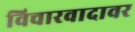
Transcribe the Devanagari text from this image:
विचारवादावर